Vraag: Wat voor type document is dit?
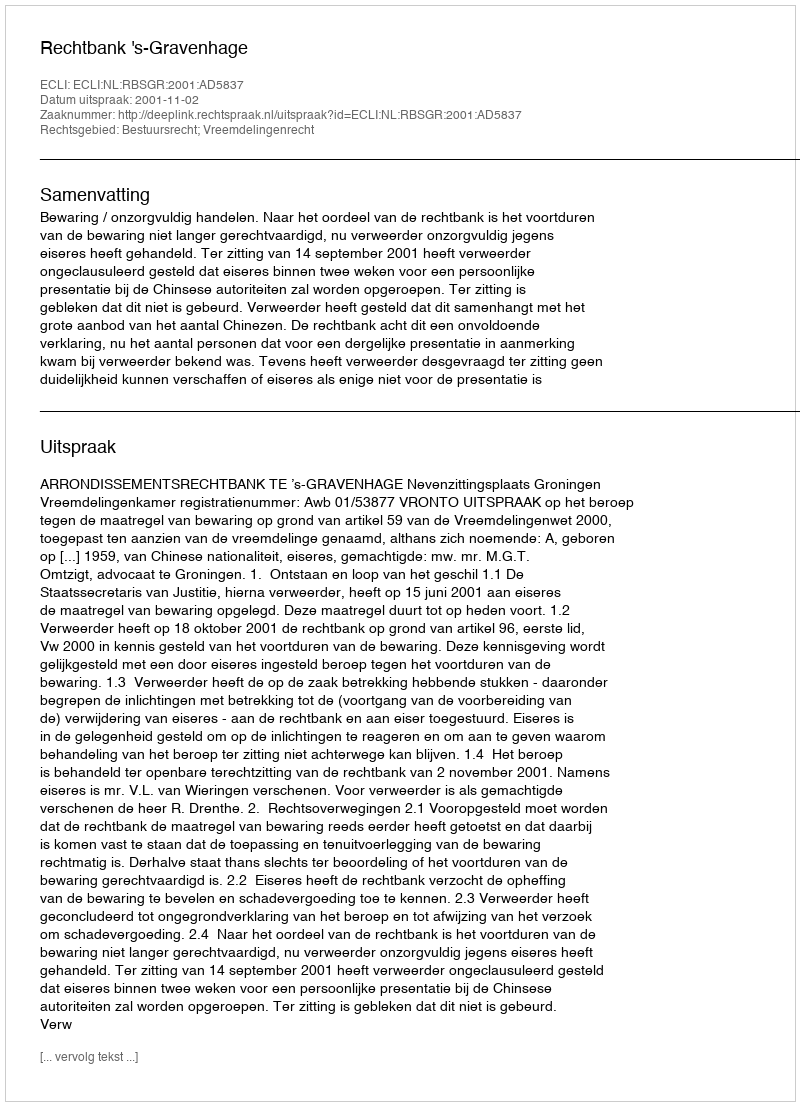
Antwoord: Uitspraak